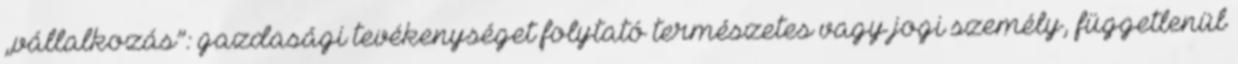
„vállalkozás”: gazdasági tevékenységet folytató természetes vagy jogi személy, függetlenül